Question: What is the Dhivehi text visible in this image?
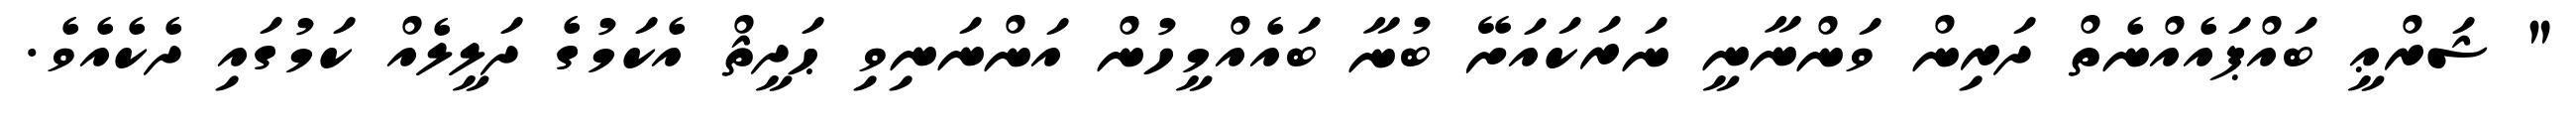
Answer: " ޝަރްޢީ ބައްޕައެއްނެތް ދަރިން ވަންނާނީ ނަރަކައަށޭ ބުނާ ބައެއްމީހުން އަންނަނިވި ޙަދީޘް އެކަމުގެ ދަލީލެއް ކަމުގައި ދެކެއެވެ.